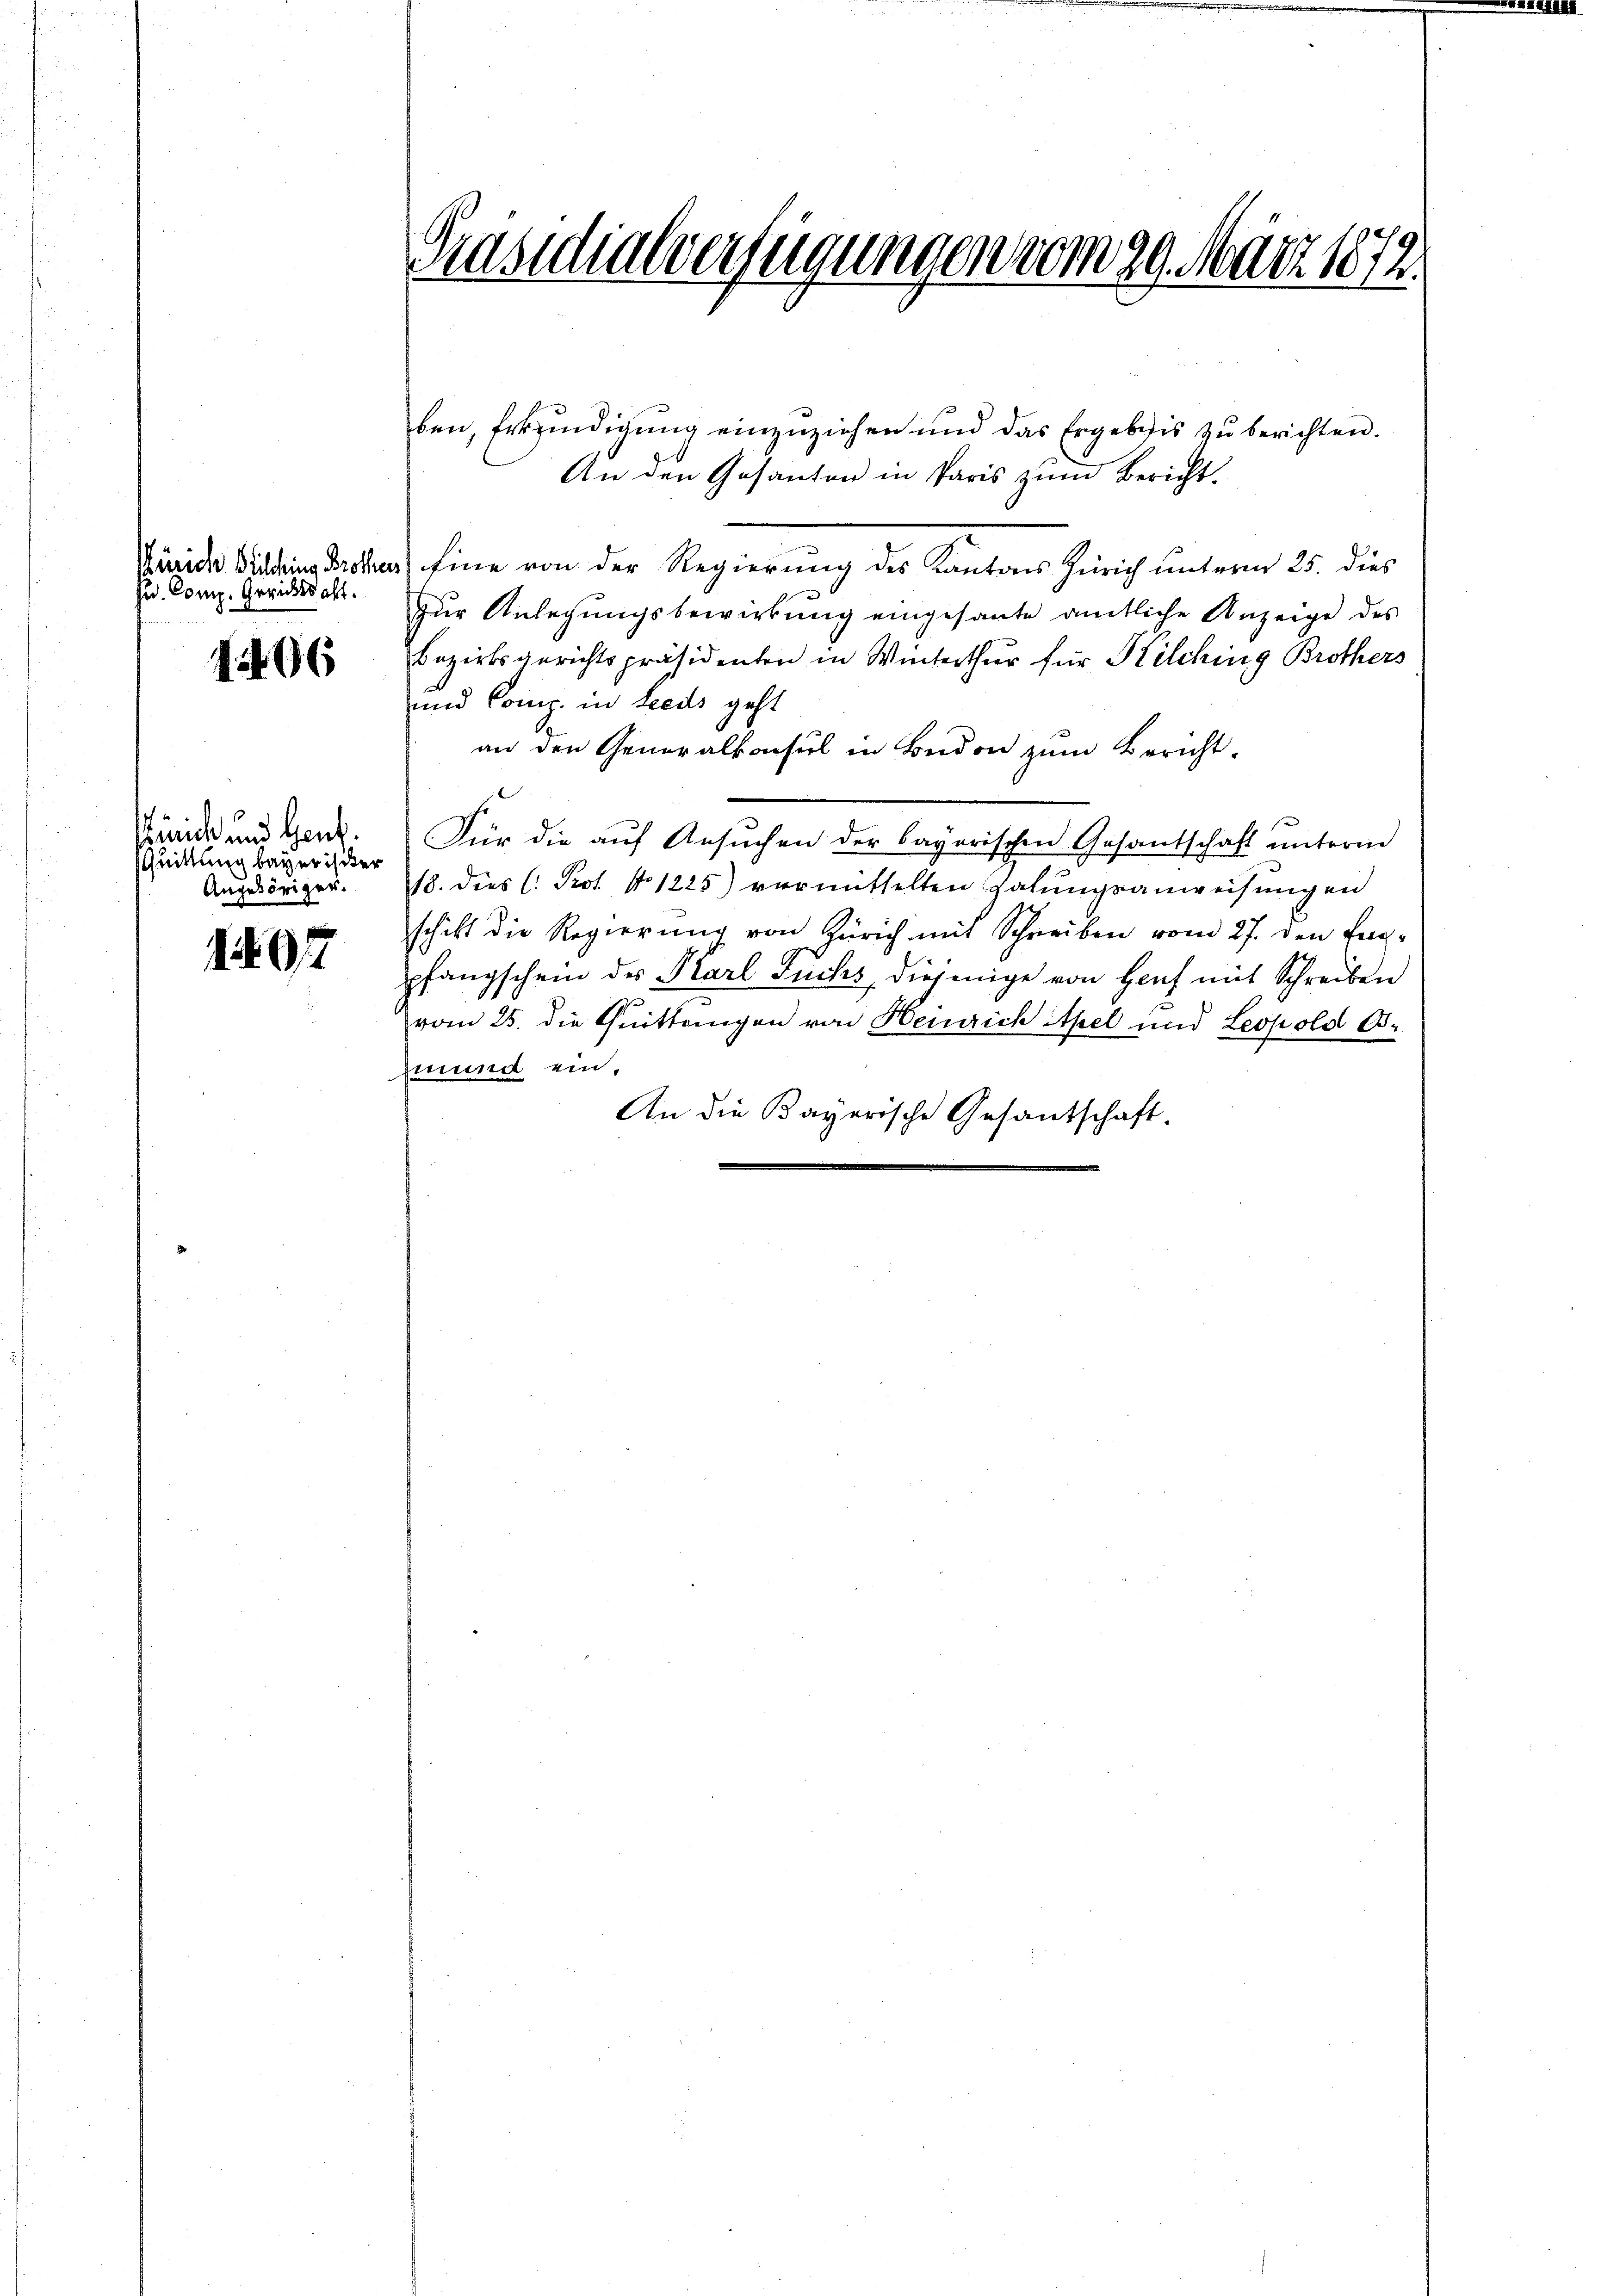
Zürich Bülding Broten
Ju. Comp. Gerichtsalt.

1406

Kinicke und Gent.
QQuittung bayerister
Angehöriger.

107

Präsidialverfügungen vom 29. März 1872.

ben, Erbzindigung einzuziehen und das Ergebnis zŭ berichten.
An den Gesanten in Paris zum Bericht.
Eine von der Regierung des Kantons Zürich unterm 25. dies
zŭr Anlegungsbewirkung eingesante amtliche Anzeige des
Bezirksgerichtspräsidenten in Winterthur für Kilching Brothers
und Comp. in Leeds geht
an den Generalkonsul in Budon zum Bericht.
Für die auf Ansuchen der bayerischen Gesantschaft ŭnterm
18. dies C. Prot. No. 1225) vermittelten Halŭngsanweisungen
schift die Regierŭng von Zürich mit Schreiben vom 27. den Eng-
pfangschein der Karl Fuchs, diejenige von Haus mit Schreiben
vom 25. die Quittungen von Heinrich Apel und Leopold Bmund ein,
An die Bayerische Gesantschaft